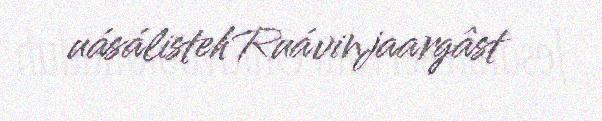
uásálisteh Ruávinjaargâst